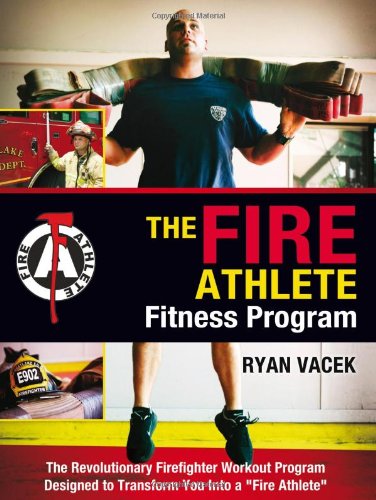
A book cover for The Fire Athlete Fitness Program - The Revolutionary Firefighter Workout Program Designed to Transform You into a ''Fire Athlete''; Ryan Vacek; Health, Fitness & Dieting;